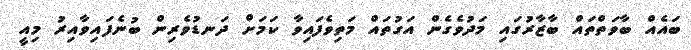
ބައެއް ބާވަތްތައް ބާޒާރުގައި މަދުވެގެން އަގުތައް މަތިވެފައިވާ ކަމަށް ދަނޑުވެރިން ބުނެފައިވާއިރު މިއީ